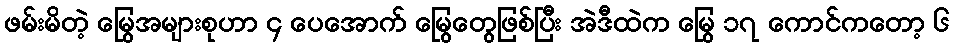
ဖမ်းမိတဲ့ မြွေအများစုဟာ ၄ ပေအောက် မြွေတွေဖြစ်ပြီး အဲဒီထဲက မြွေ ၁၇ ကောင်ကတော့ ၆